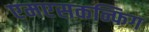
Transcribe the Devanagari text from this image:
एमएसकन्फिग